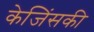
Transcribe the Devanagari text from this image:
केजिंसकी